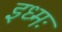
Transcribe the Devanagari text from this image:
इध्मः